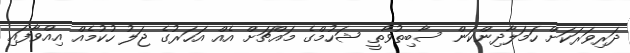
ދަރިވަރަކަށް ހަމަލާދިންކަން ސާބިތުވާތީ ޝަހުމްގެ މައްޗަށް އެއް އަހަރުގެ ޖަލު ހުކުމެއް އިއްވާފައި